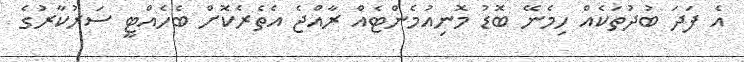
އެ ފަދަ ބުދުތަކެއް ހިމެނޭ ބޮޑު މޮނިއުމެންޓެއް ރާއްޖެ އެތެރެކޮށް ބެހެއްޓީ ސަރުކާރުގެ